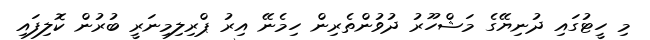
މި ހީޓުގައި ދުނިޔޭގެ މަޝްހޫރު ދުވުންތެރިން ހިމެނޭ އިރު ޕްރިލިމިނަރީ ބުރުން ކޮލިފައި